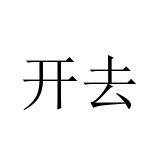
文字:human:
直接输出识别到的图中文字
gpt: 开去